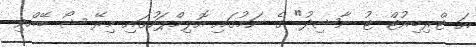
އަ ޓްރިބިއުޓް ޓު ނާޝިދު" ގެ ނަމުގައި އޮލިމްޕަހުގައި މިރޭ ޝޯ ބޭއްވި